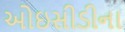
ઓઇસીડીના